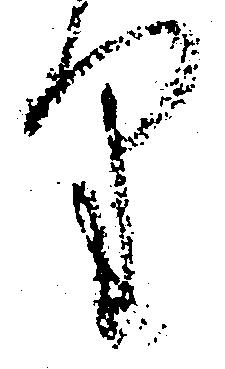
り